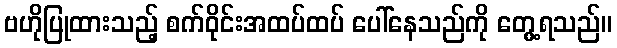
ဗဟိုပြုထားသည့် စက်ဝိုင်းအထပ်ထပ် ပေါ်နေသည်ကို တွေ့ရသည်။